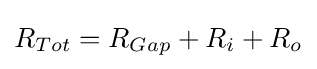
R_{Tot}=R_{Gap}+R_{i}+R_{o}